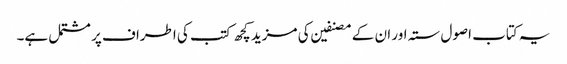
یہ کتاب اصول ستہ اور ان کے مصنفین کی مزید کچھ کتب کی اطراف پر مشتمل ہے۔